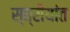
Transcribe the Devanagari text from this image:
स्त्रीयांत